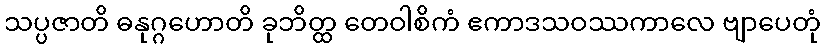
သပ္ပဇာတိ ဓနုဂ္ဂဟောတိ ခုဘိတ္ထ တေဝါစိကံ ဧကာဒသဝဿကာလေ ဗျာပေတုံ